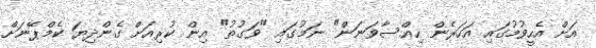
އަށް އެހީވުމުގައި އަހަރެން ހިއްސާވަނަން" ނަމުގައި "ވަގުތު" އިން ކުރިއަށް ގެންދިޔަ ކެމްޕޭނަށް